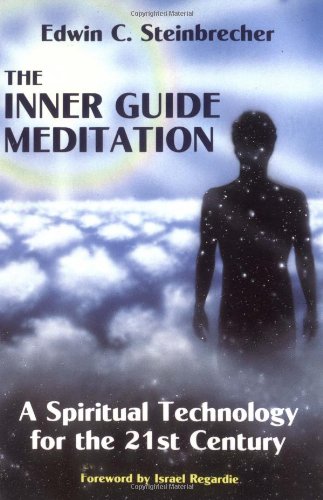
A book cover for The Inner Guide Meditation: A Spiritual Technology for the 21st Century; Edwin C Steinbrecher; Religion & Spirituality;